65_HS1-834228961_62-HQ-83894_Section_5
Agency: FBI
Page 124
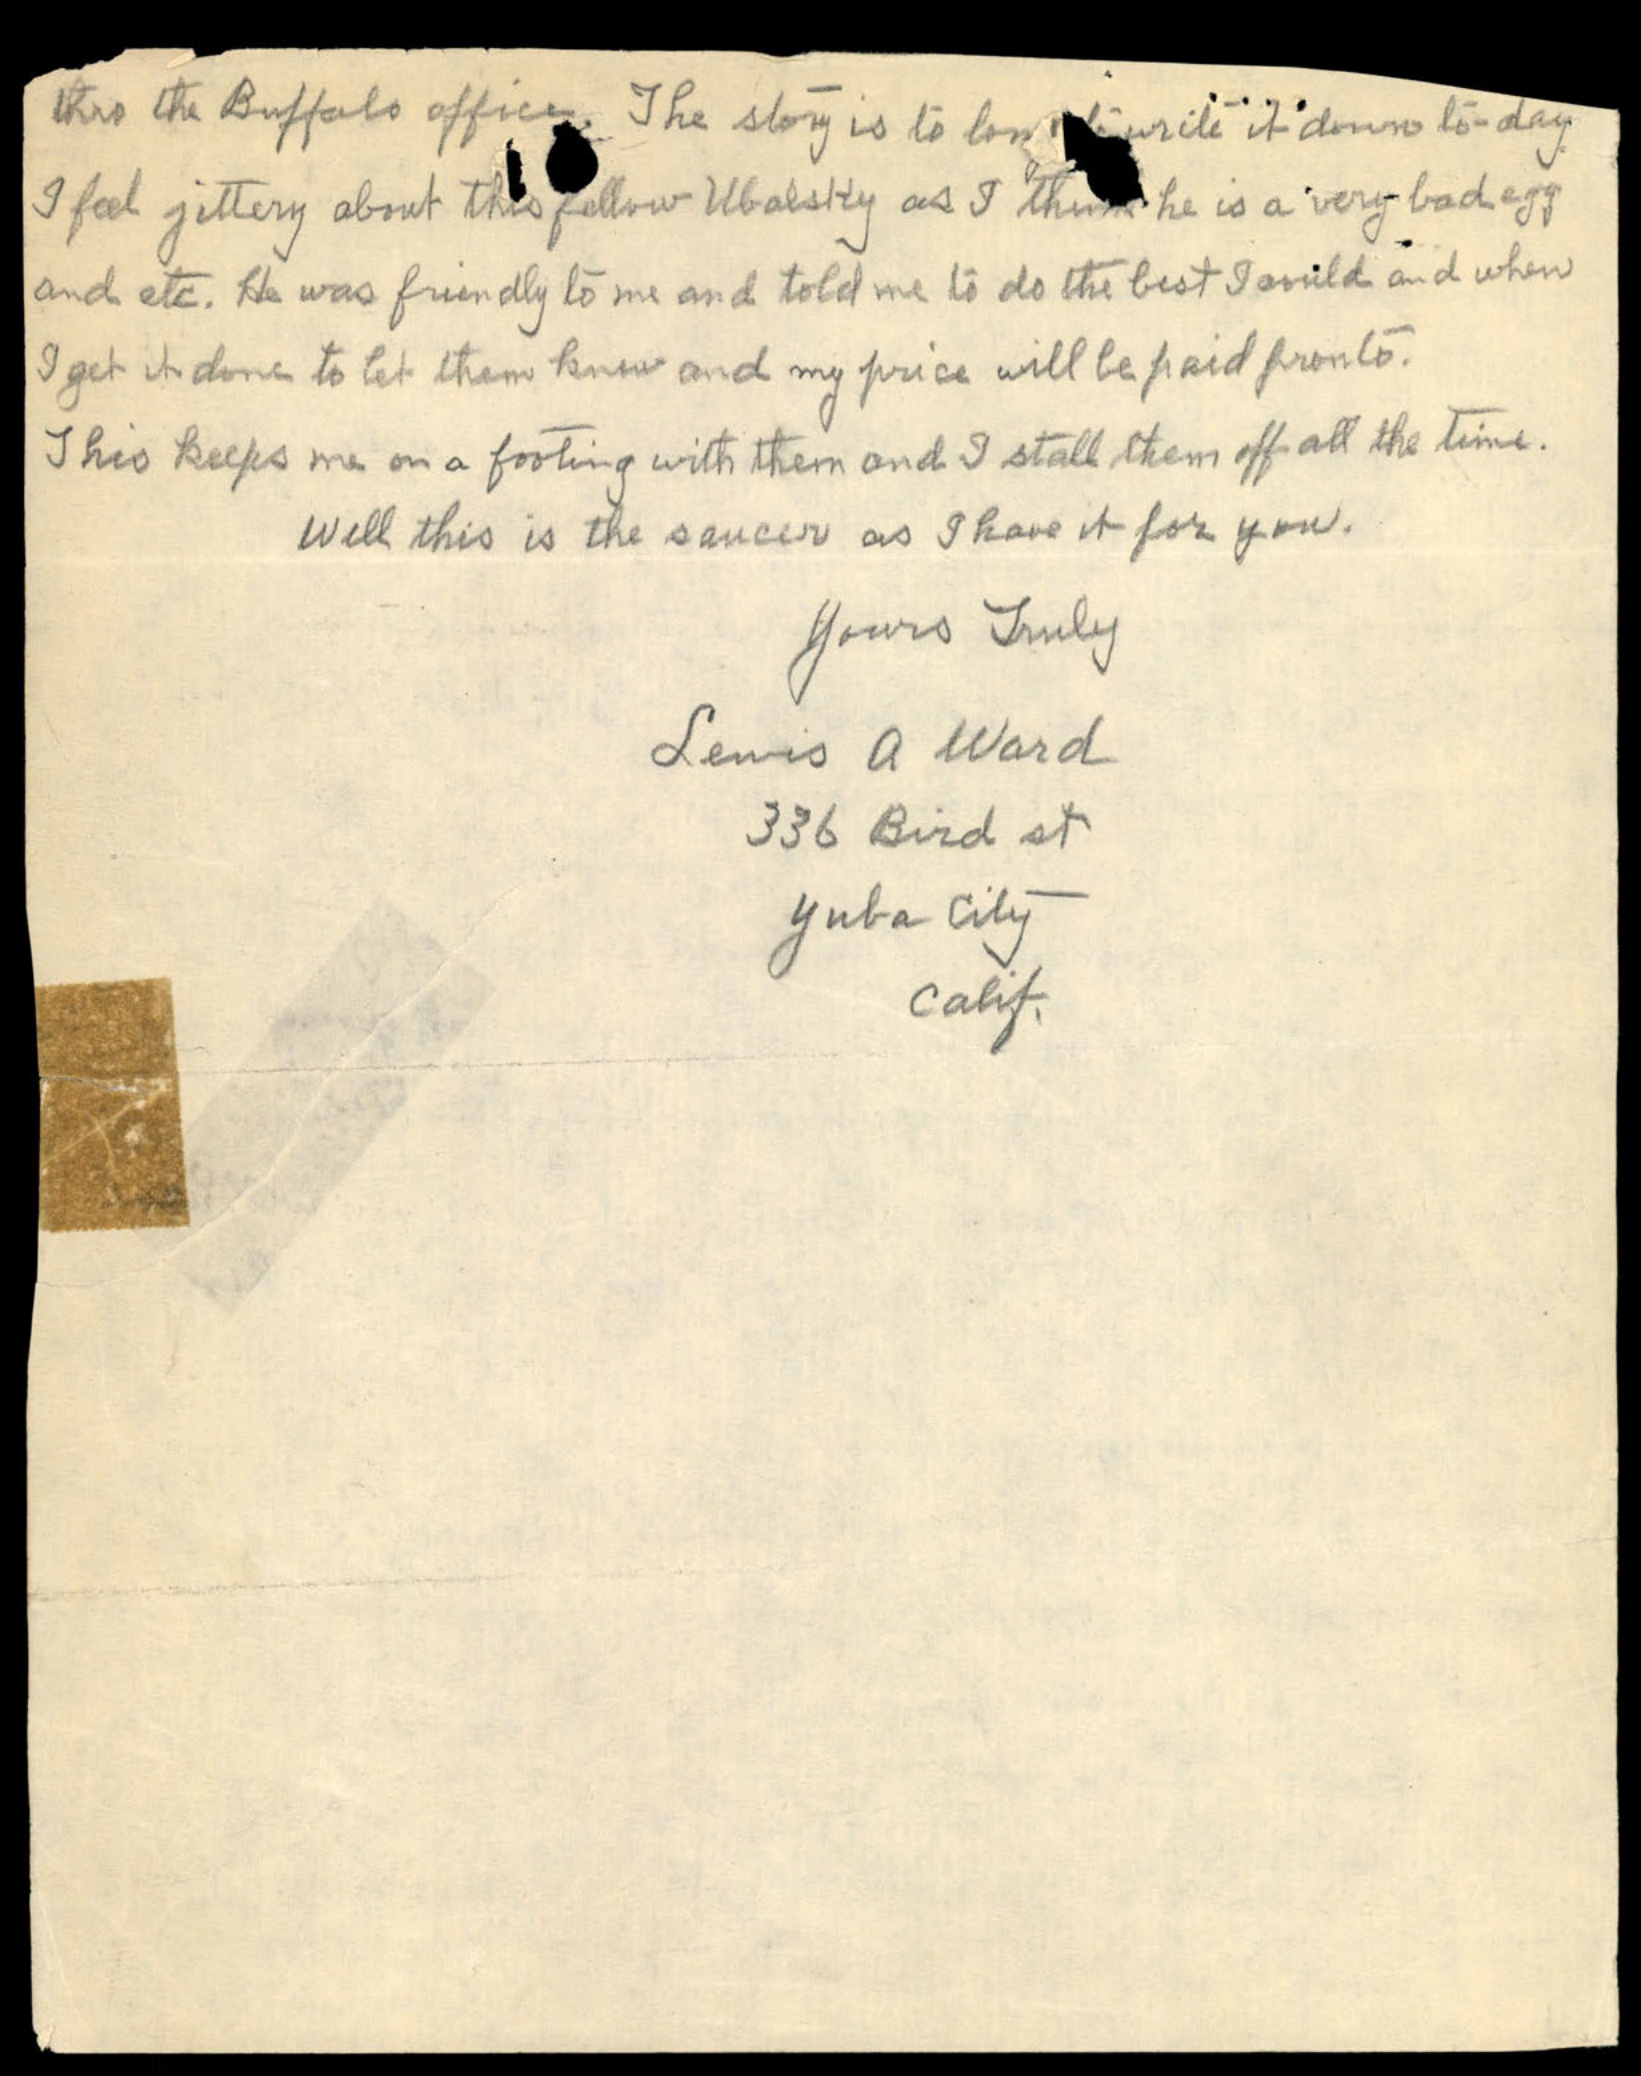